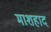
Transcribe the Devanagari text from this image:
माशहाद